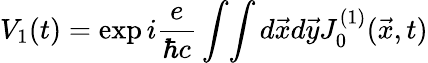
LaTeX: V_{1}(t)=\exp i{\frac{e}{\hbar c}}\int\! \int d\vec{x}d\vec{y}J_{0}^{(1)}(\vec{x},t)